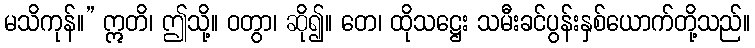
မသိကုန်။” ဣတိ၊ ဤသို့။ ဝတွာ၊ ဆို၍။ တေ၊ ထိုသဋ္ဌေး သမီးခင်ပွန်းနှစ်ယောက်တို့သည်။